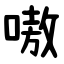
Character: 嗷